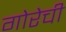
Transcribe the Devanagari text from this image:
गोरेची